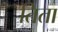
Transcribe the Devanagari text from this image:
तिता